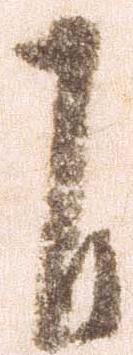
自